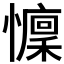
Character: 𱟗